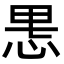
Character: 𫺄